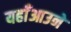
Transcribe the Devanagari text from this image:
यहाँआउने